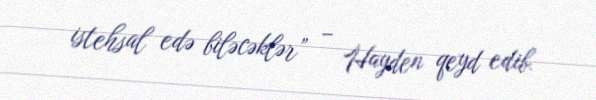
istehsal edə biləcəklər” – Hayden qeyd edib.